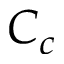
C _ { c }